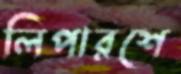
লিপারশে